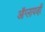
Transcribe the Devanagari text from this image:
ऑग्लायव्ही